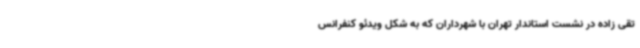
تقی زاده در نشست استاندار تهران با شهرداران که به شکل ویدئو کنفرانس